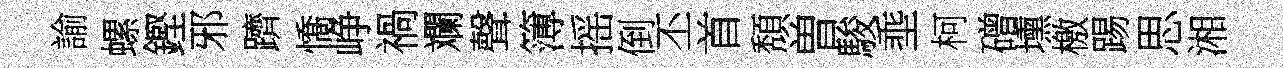
諭螺鏗邪躋憍峥禍斕聲簿摇倒丕首頽曽駿埀柯磳壎檄踢思湘